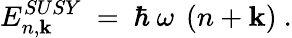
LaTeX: E_{n,\mathbf{k}}^{SUSY}~=~\hbar~\omega~\left(n+\mathbf{k}\right)~.